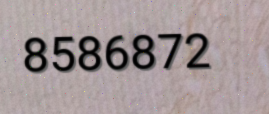
8586872